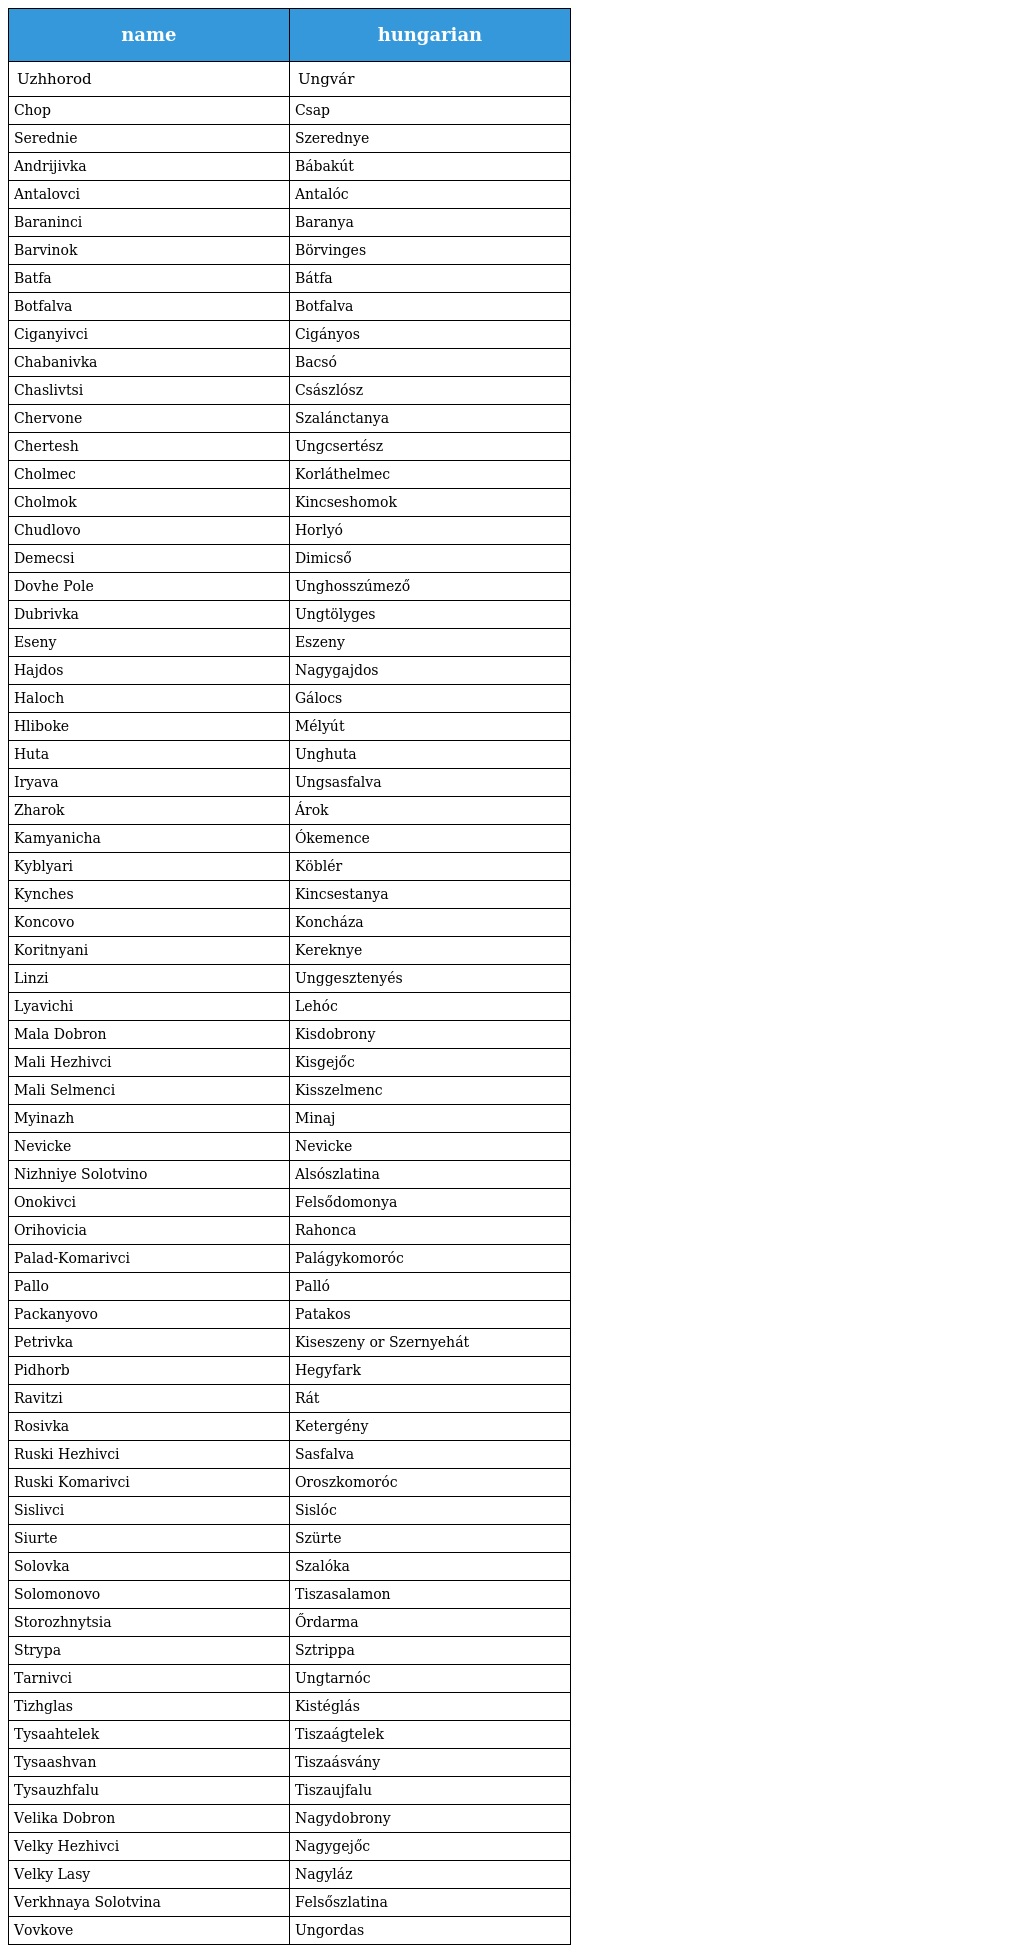
| name | hungarian |
 | --- | --- |
 | Uzhhorod | Ungvár |
 | Chop | Csap |
 | Serednie | Szerednye |
 | Andrijivka | Bábakút |
 | Antalovci | Antalóc |
 | Baraninci | Baranya |
 | Barvinok | Börvinges |
 | Batfa | Bátfa |
 | Botfalva | Botfalva |
 | Ciganyivci | Cigányos |
 | Chabanivka | Bacsó |
 | Chaslivtsi | Császlósz |
 | Chervone | Szalánctanya |
 | Chertesh | Ungcsertész |
 | Cholmec | Korláthelmec |
 | Cholmok | Kincseshomok |
 | Chudlovo | Horlyó |
 | Demecsi | Dimicső |
 | Dovhe Pole | Unghosszúmező |
 | Dubrivka | Ungtölyges |
 | Eseny | Eszeny |
 | Hajdos | Nagygajdos |
 | Haloch | Gálocs |
 | Hliboke | Mélyút |
 | Huta | Unghuta |
 | Iryava | Ungsasfalva |
 | Zharok | Árok |
 | Kamyanicha | Ókemence |
 | Kyblyari | Köblér |
 | Kynches | Kincsestanya |
 | Koncovo | Koncháza |
 | Koritnyani | Kereknye |
 | Linzi | Unggesztenyés |
 | Lyavichi | Lehóc |
 | Mala Dobron | Kisdobrony |
 | Mali Hezhivci | Kisgejőc |
 | Mali Selmenci | Kisszelmenc |
 | Myinazh | Minaj |
 | Nevicke | Nevicke |
 | Nizhniye Solotvino | Alsószlatina |
 | Onokivci | Felsődomonya |
 | Orihovicia | Rahonca |
 | Palad-Komarivci | Palágykomoróc |
 | Pallo | Palló |
 | Packanyovo | Patakos |
 | Petrivka | Kiseszeny or Szernyehát |
 | Pidhorb | Hegyfark |
 | Ravitzi | Rát |
 | Rosivka | Ketergény |
 | Ruski Hezhivci | Sasfalva |
 | Ruski Komarivci | Oroszkomoróc |
 | Sislivci | Sislóc |
 | Siurte | Szürte |
 | Solovka | Szalóka |
 | Solomonovo | Tiszasalamon |
 | Storozhnytsia | Őrdarma |
 | Strypa | Sztrippa |
 | Tarnivci | Ungtarnóc |
 | Tizhglas | Kistéglás |
 | Tysaahtelek | Tiszaágtelek |
 | Tysaashvan | Tiszaásvány |
 | Tysauzhfalu | Tiszaujfalu |
 | Velika Dobron | Nagydobrony |
 | Velky Hezhivci | Nagygejőc |
 | Velky Lasy | Nagyláz |
 | Verkhnaya Solotvina | Felsőszlatina |
 | Vovkove | Ungordas |